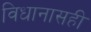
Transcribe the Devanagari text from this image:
विधानासही